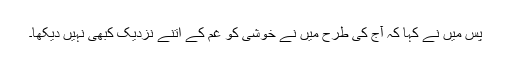
پس میں نے کہا کہ آج کی طرح میں نے خوشی کو غم کے اتنے نزدیک کبھی نہیں دیکھا۔